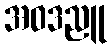
အဝဒညူ